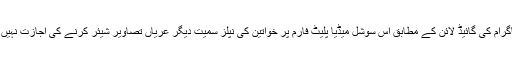
انسٹاگرام کی گائیڈ لائن کے مطابق اس سوشل میڈیا پلیٹ فارم پر خواتین کی نِپلز سمیت دیگر عریاں تصاویر شیئر کرنے کی اجازت نہیں ہے۔